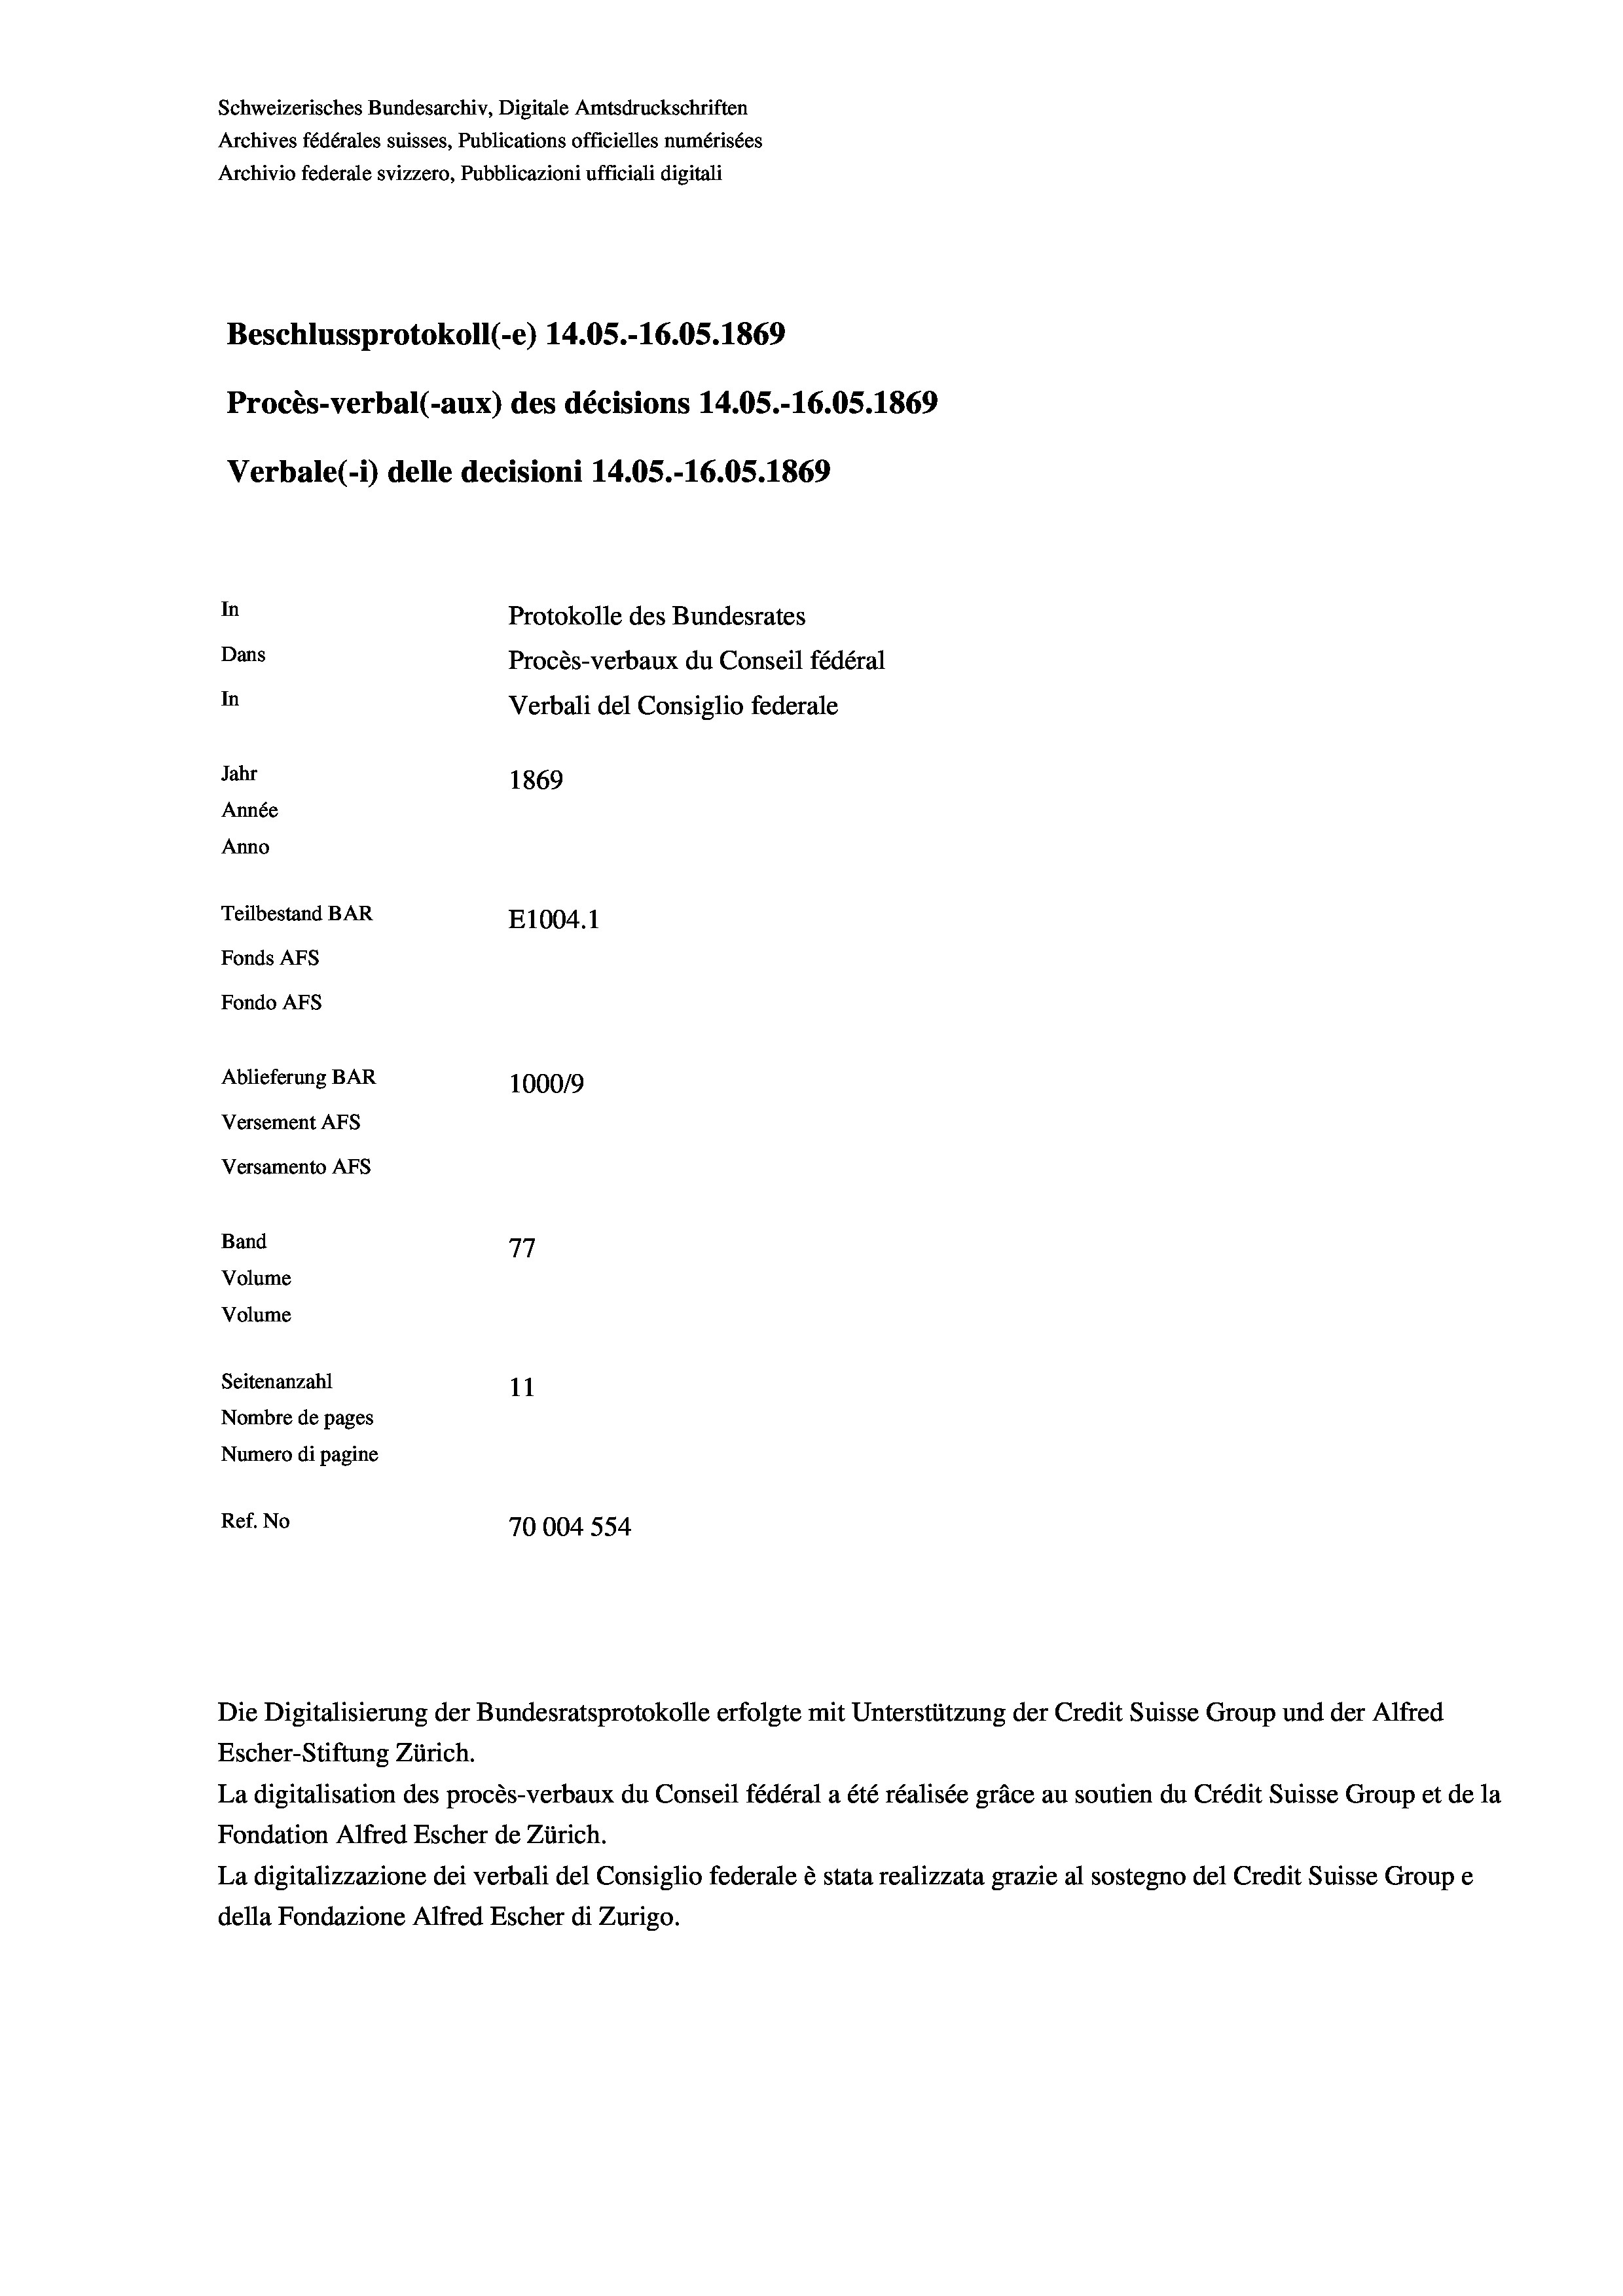
Schweizerisches Bundesarchiv, Digitale Amtsdruckschriften
Archives fédérales suisses, Publications officielles numérisées
Archivio federale svizzero, Pubblicazioni ufficiali digitali
Beschlussprotokoll (-e) 14.05.-16.05. 1869
Procès-verbal (-aux) des décisions 14.05.-16.05. 1869
Verbale(-*) delle decisioni 14.05.-16.05. 1869
In
Protokolle des Bundesrates
Dans
Procès-verbaux du Conseil fédéral
In
Verbali del Consiglio federale
Jahr
1869
Année
Anno
Teilbestand BAR
E1004.1
Fonds AFs
Fondo AFS
Ablieferung BAR
100019
Versement AFs
Versamento AFs
Band
77
Volume
Volume
Seitenanzahl
11

Nombre de pages
Numero di pagine
Ref. No
70004 554

Escher-Stiftung Zürich.
La digitalisation des procès-verbaux du Conseil fédéral a été réalisée gräce au soutien du Crédit Suisse Group et de la
Fondation Alfred Escher de Zürich.
La digitalizzazione dei verbali del Consiglio federale è stata realizzata grazie al sostegno del Credit Suisse Groupe
della Fondazione Alfred Escher di Zurigo.

Die Digitalisierung der Bundesratsprotokolle erfolgte mit Unterstützung der Credit Suisse Group und der Alfred